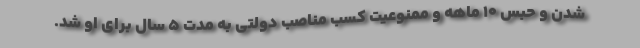
شدن و حبس 10 ماهه و ممنوعیت کسب مناصب دولتی به مدت 5 سال برای او شد.